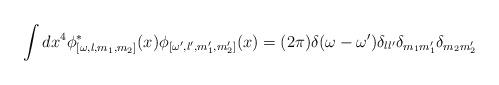
LaTeX: \begin{align*}\int dx^4 \phi^\ast_{[\omega,l,m_1,m_2]}(x) \phi_{[\omega',l',m'_1,m'_2]}(x) = (2\pi)\delta(\omega-\omega')\delta_{ll'}\delta_{m_1m'_1}\delta_{m_2m'_2}\end{align*}